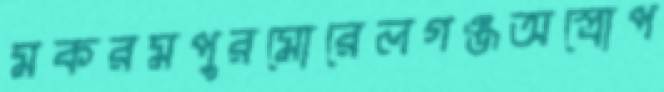
মকরমপুরমোরেলগঞ্জঅস্ত্রোপ